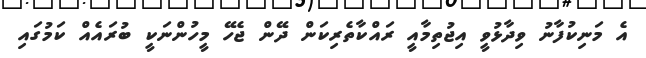
އެ މަނިކުފާނު ވިދާޅުވީ އިޖުތިމާއީ ރައްކާތެރިކަން ދޭން ޖެހޭ މީހުންނަކީ ބުރައެއް ކަމުގައި